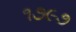
૧૭૯૭